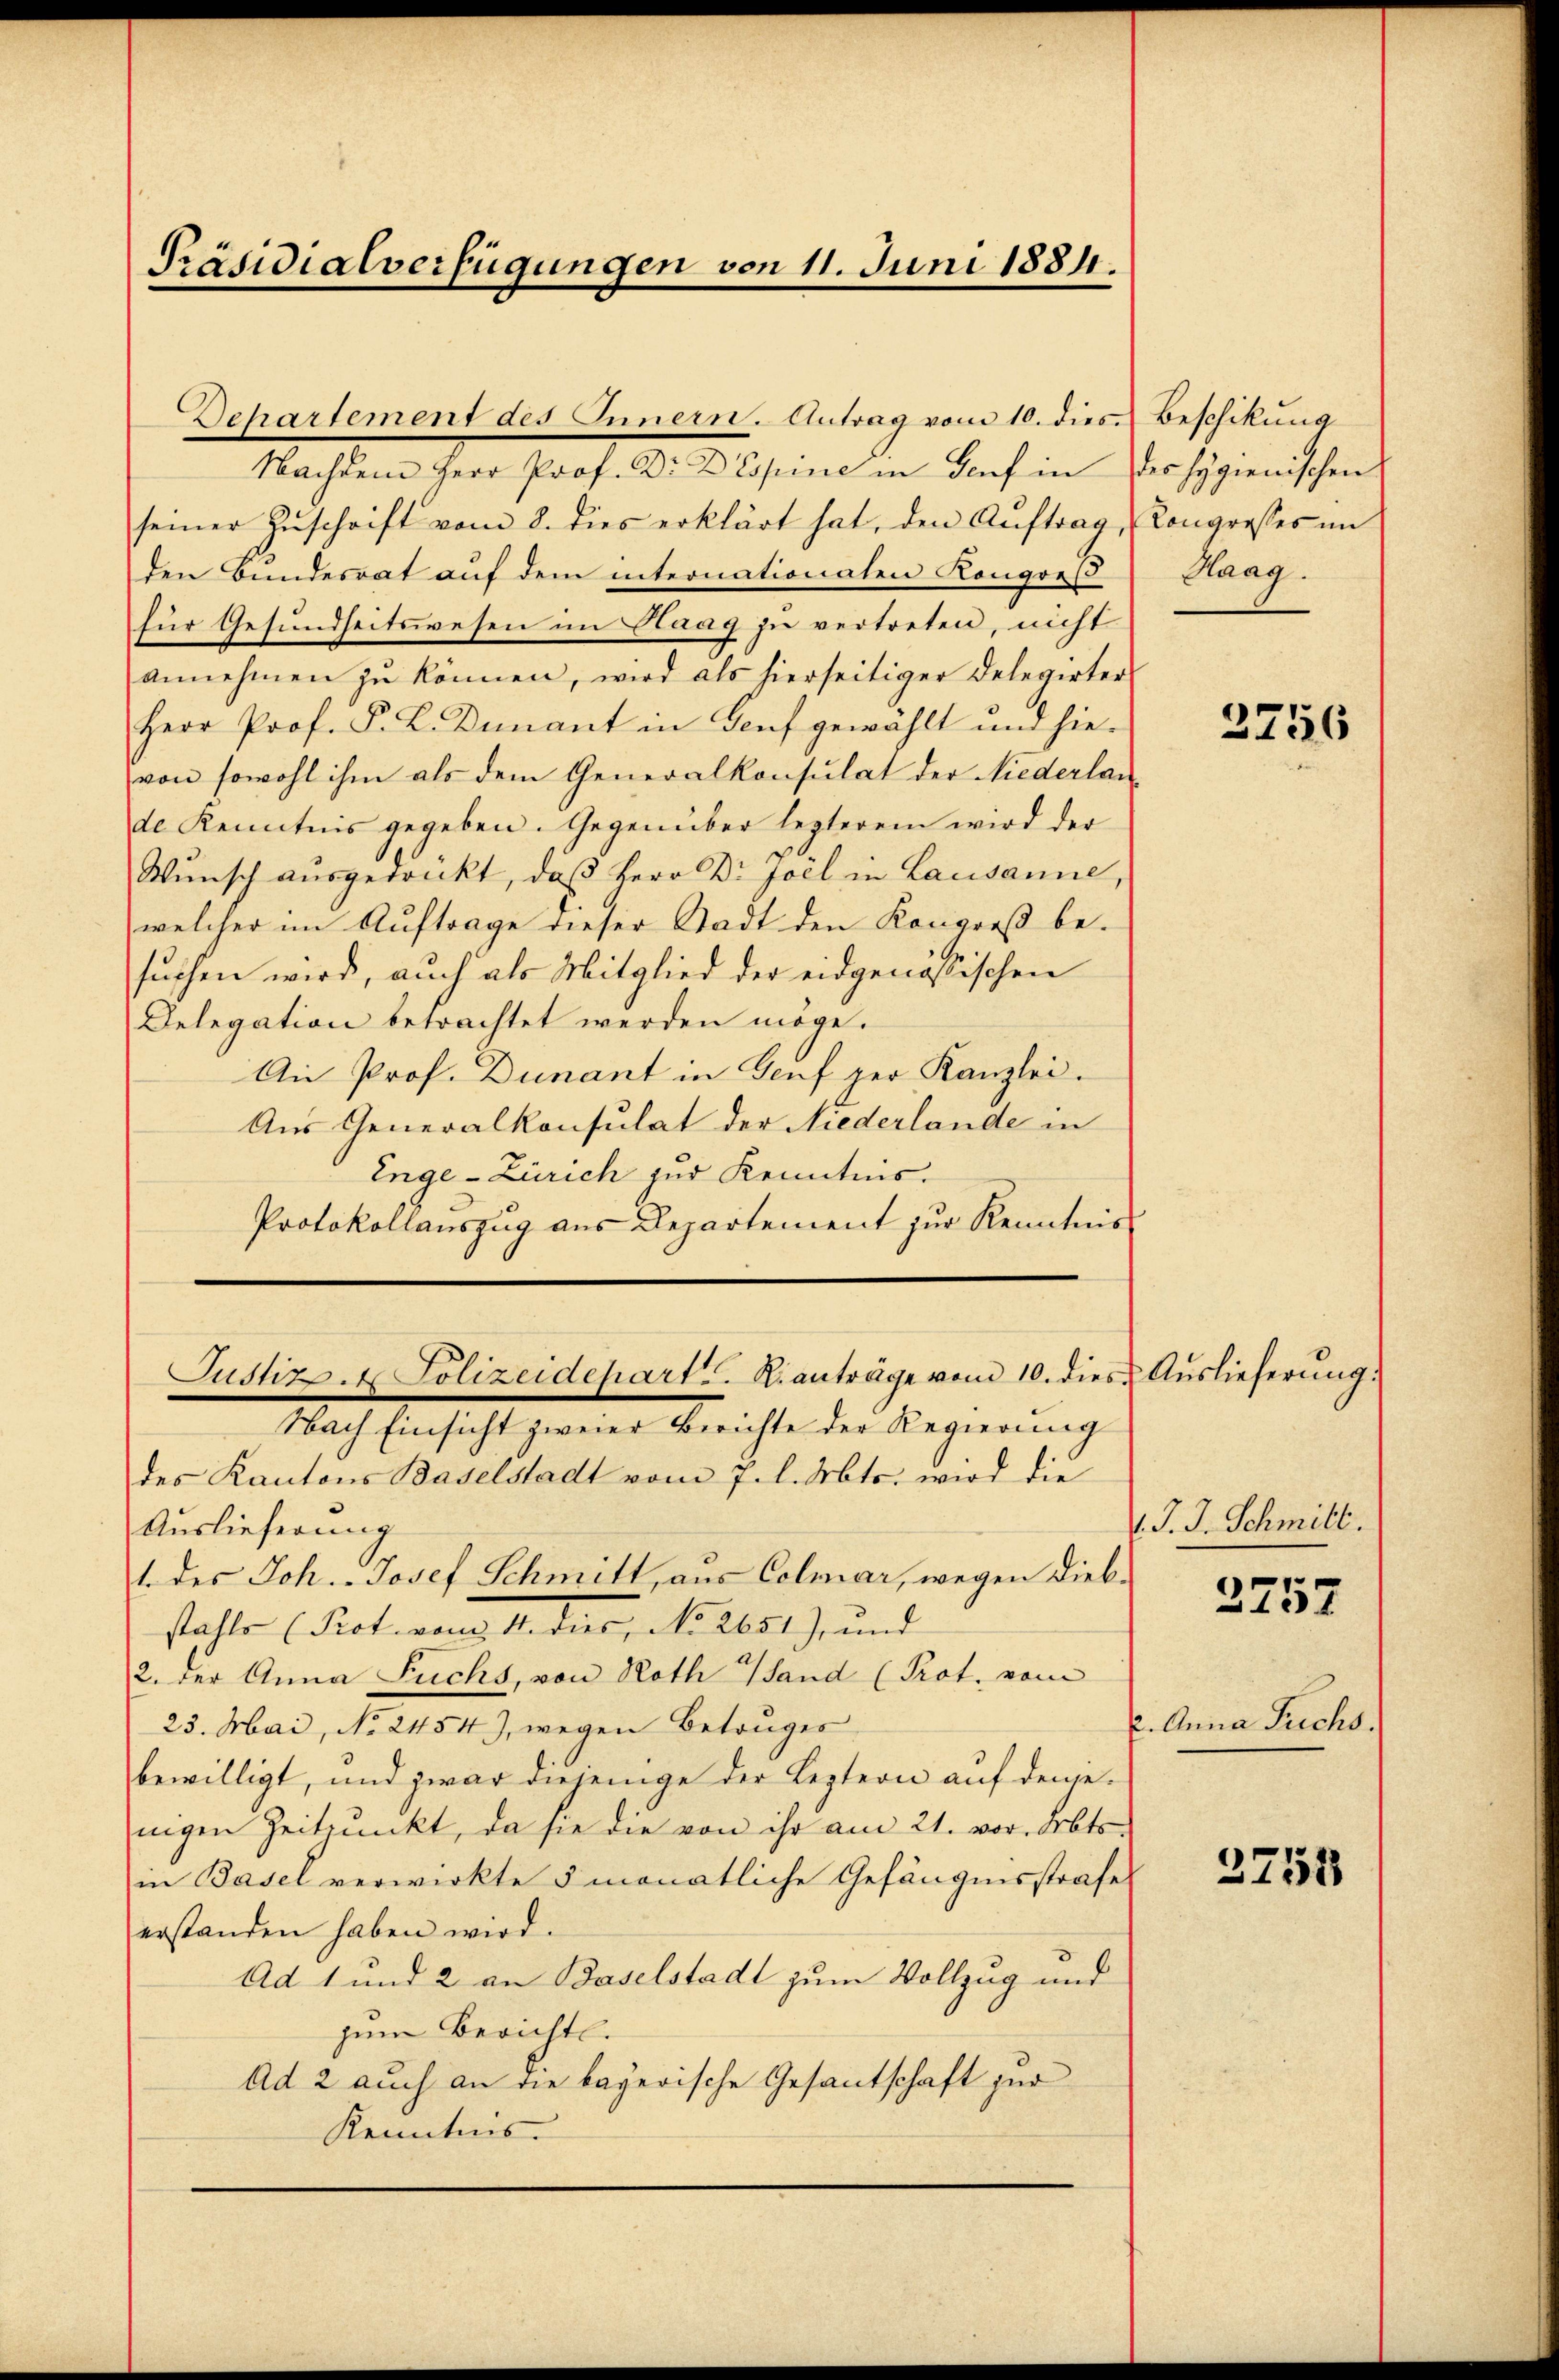
Präsidialverfügungen von 11. Juni 1884.

Nachdem Herr Prof. Dr. Despine in Genf in des Hygienischen
seiner Zŭschrift vom 8. dies erklärt hat, den Aŭftrag, (Congresses im
den Bundesrat auf dem internationaten Kongreß
für Gesundheitswesen im Haag zu vertreten, nicht
annehmen zŭ können, wird als hierseitiger Delegirter
Herr Prof. P. L. Denant in Genf gewählt und hievon sowohl ihm als dem Generalkonsulat der Niederlan
de Kenntnis gegeben. Gegenüber lezterem wird der
Wunsch ausgedruckt, daß Herr Dr. Joel in Lausanne
welcher im Auftrage dieser Stadt den Kongreß besuchen wird, auch als Mitglied der eidgenössischen
Delegation betrachtet werden möge.
An Prof. Dunant in Genf per Kanzlei.
Aus Generalkonsulat der Niederlande in
Enge-Zürich zur Kenntnis.
Protokollauszug aus Departement zur Kenntnis

Dehartement des Innern. Antrag vom 10. dies Beschikung

Justizp. 4 Polizeidepart. R. anträge vom 10. dies Auslieferung.
Nach Einsicht zweier Berichte der Regierung

des Kantons Baselstadt vom 7. l. Mts. wird die
Auslieferung
1. des Joh. Josef Schmitt, aus Colmar, wegen Diebstahle (Pot von 14. der, No 2651) und
2. der Anna Fuchs, von Roth Hand (Prot. vom
23. Mai, No. 2454), wegen Betruges
bewilligt, und zwar diejenige der Leztern auf denjenigen Zeitpunkt, da sie die von ihr am 21. vor. Mts.
in Basel verwirkte 3 monatliche Gefängnisstrafe
erstanden haben wird.
Ad 1 und 2 an Baselstadt zum Vollzug und
zum Berichts.
Ad 2 auch an die bayerische Gesantschaft zur
Kenntnis.

Haag.

3756

. J. J. Schmitt

2757

2. Anna Trichs.

3751